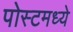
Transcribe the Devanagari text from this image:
पोस्टमध्ये